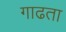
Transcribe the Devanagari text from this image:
गाढता